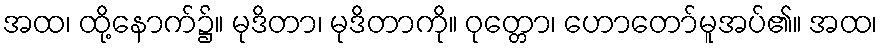
အထ၊ ထို့နောက်၌။ မုဒိတာ၊ မုဒိတာကို။ ဝုတ္တော၊ ဟောတော်မူအပ်၏။ အထ၊